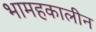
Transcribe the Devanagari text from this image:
भामहकालीन